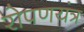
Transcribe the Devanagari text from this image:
रोपणयंत्र